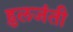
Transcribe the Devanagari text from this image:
हुलजंती